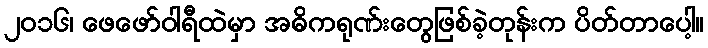
၂၀၁၆၊ ဖေဖော်ဝါရီထဲမှာ အဓိကရုဏ်းတွေဖြစ်ခဲ့တုန်းက ပိတ်တာပေါ့။